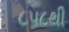
૮૫૮થી